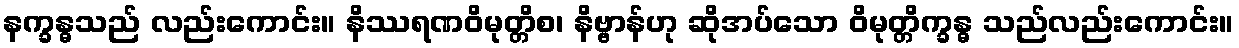
နက္ခန္ဓသည် လည်းကောင်း။ နိဿရဏဝိမုတ္တိစ၊ နိဗ္ဗာန်ဟု ဆိုအပ်သော ဝိမုတ္တိက္ခန္ဓ သည်လည်းကောင်း။